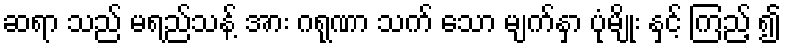
ဆရာ သည် မရည်သန့် အား ဂရုဏာ သက် သော မျက်နှာ ပုံမျိုး နှင့် ကြည့် ၍